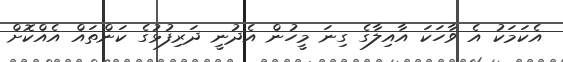
އެކަމަކު އެ ވާހަކަ އާއިލާގެ ގިނަ މީހުން އެދުނީ ދަރިފުޅުގެ ކަންތައް އެއްކޮށް